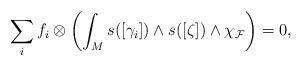
LaTeX: \begin{align*}\displaystyle \sum_if_i\otimes \left( \int_M s([\gamma_i]) \wedge s([\zeta])\wedge\chi_{\mathcal{F}}\right)=0,\end{align*}